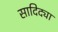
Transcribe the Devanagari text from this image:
सादिद्या